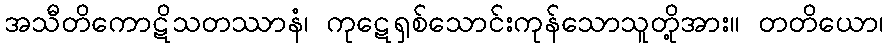
အသီတိကောဋိသတဿာနံ၊ ကုဋေရှစ်သောင်းကုန်သောသူတို့အား။ တတိယော၊